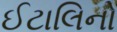
ઈટાલિનો